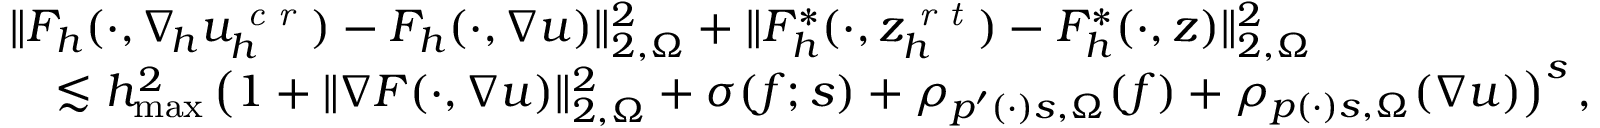
\begin{array} { r l } & { \| F _ { h } ( \cdot , \nabla _ { \! h } u _ { h } ^ { \textit { c r } } ) - F _ { h } ( \cdot , \nabla u ) \| _ { 2 , \Omega } ^ { 2 } + \| F _ { h } ^ { * } ( \cdot , z _ { h } ^ { \textit { r t } } ) - F _ { h } ^ { * } ( \cdot , z ) \| _ { 2 , \Omega } ^ { 2 } } \\ & { \quad \lesssim h _ { \operatorname* { m a x } } ^ { 2 } \, \big ( 1 + \| \nabla F ( \cdot , \nabla u ) \| _ { 2 , \Omega } ^ { 2 } + \sigma ( f ; s ) + \rho _ { p ^ { \prime } ( \cdot ) s , \Omega } ( f ) + \rho _ { p ( \cdot ) s , \Omega } ( \nabla u ) \big ) ^ { s } \, , } \end{array}